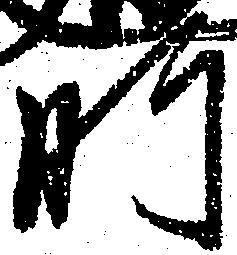
肝